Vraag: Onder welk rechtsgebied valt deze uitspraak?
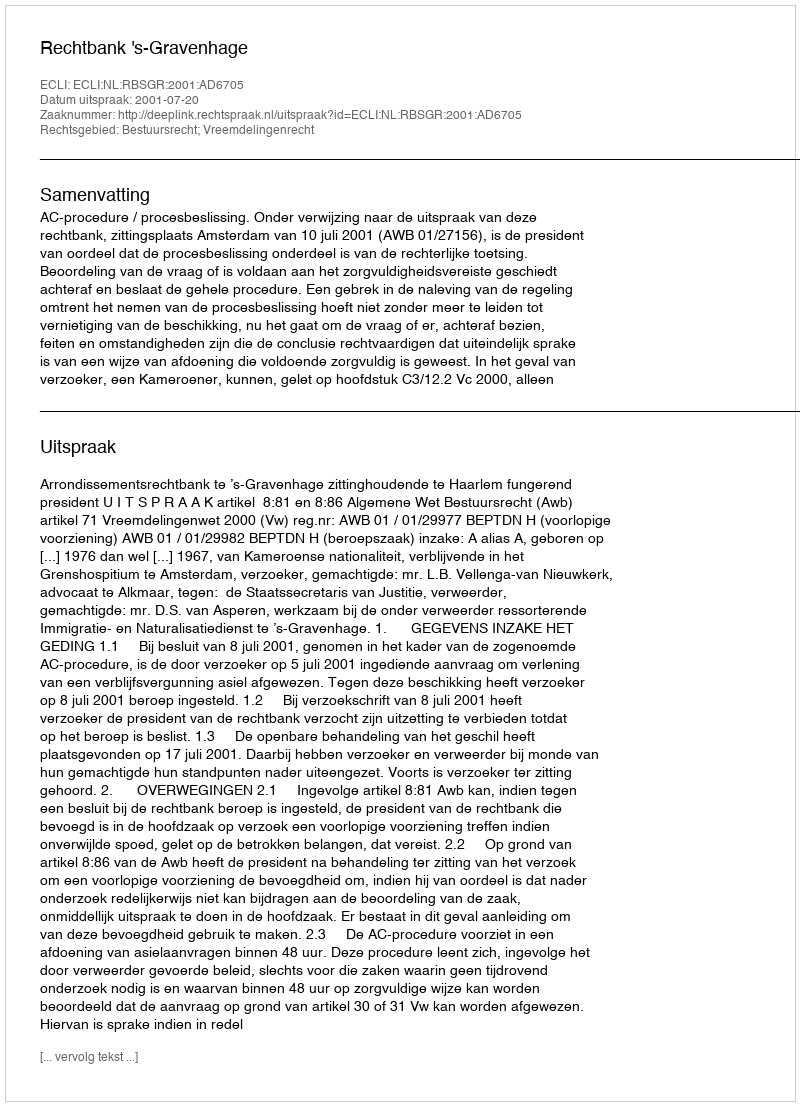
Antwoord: Bestuursrecht; Vreemdelingenrecht